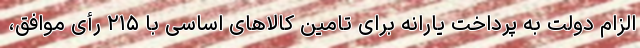
الزام دولت به پرداخت یارانه برای تامین کالاهای اساسی با ۲۱۵ رأی موافق،